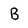
Character: B